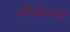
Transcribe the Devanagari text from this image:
फौन्डेशनने